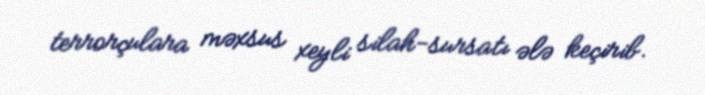
terrorçulara məxsus xeyli silah-sursatı ələ keçirib.